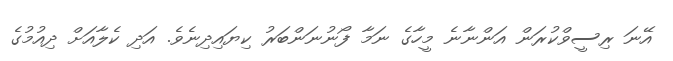
އޭނަ ރިސީވްކުރަން އަންނާނެ މީހާގެ ނަމާ ފޯނުނަންބަރު ކިޔައިދިނެވެ. އަދި ކެލާއަށް ދިއުމުގެ